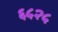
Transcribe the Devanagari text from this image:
६५२५